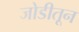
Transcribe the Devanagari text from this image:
जोडीतून